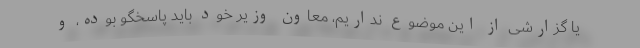
یا گزارشی از این موضوع نداریم، معاون وزیر خود باید پاسخگو بوده، و